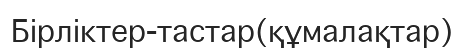
Бірліктер-тастар(құмалақтар)